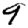
Digit: 9